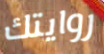
روايتك